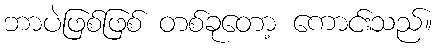
ဘာပဲဖြစ်ဖြစ် တစ်ခုတော့ ကောင်းသည်။